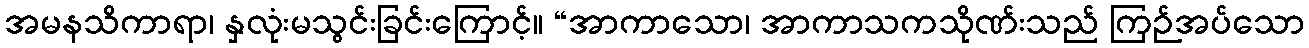
အမနသိကာရာ၊ နှလုံးမသွင်းခြင်းကြောင့်။ “အာကာသော၊ အာကာသကသိုဏ်းသည် ကြဉ်အပ်သော